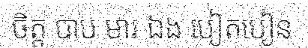
ចិត្ត បាប មារ ឯង បៀតបៀន